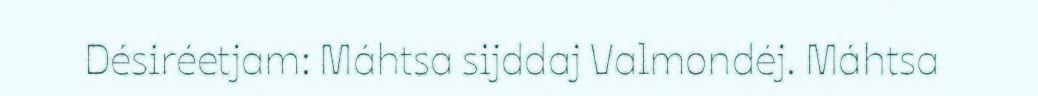
Désiréetjam: Máhtsa sijddaj Valmondéj. Máhtsa